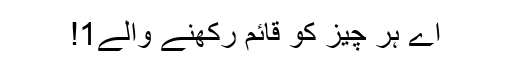
اے ہر چیز کو قائم رکھنے والے1!